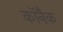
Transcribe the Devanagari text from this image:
कॉनैक